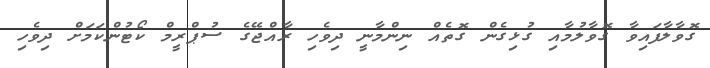
ގޮވާލާފައިވާ ގޮވާލުމާއި ގުޅިގެން ގޮތެއް ނިންމާނީ ދިވެހި ރާއްޖޭގެ ސުޕްރީމް ކޯޓުންކަމަށް ދިވެހި